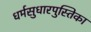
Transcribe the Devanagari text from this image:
धर्मसुधारपुस्तिका